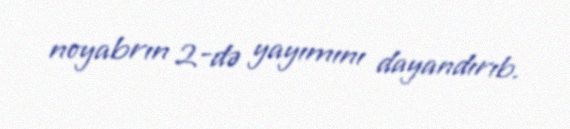
noyabrın 2-də yayımını dayandırıb.